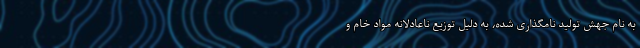
به نام جهش تولید نامگذاری شده، به دلیل توزیع ناعادلانه مواد خام و